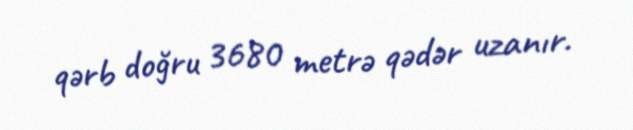
qərb doğru 3680 metrə qədər uzanır.